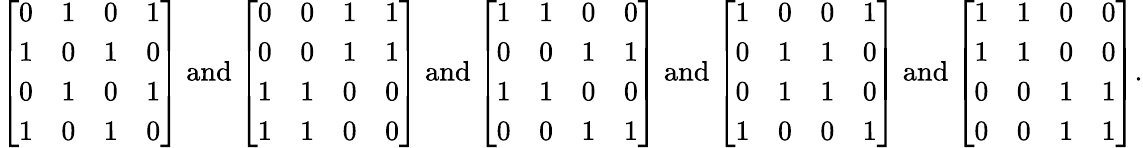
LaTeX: {\left[\begin{array}{llll}{0}&{1}&{0}&{1}\\ {1}&{0}&{1}&{0}\\ {0}&{1}&{0}&{1}\\ {1}&{0}&{1}&{0}\end{array}\right]}{\mathrm{~and~}}{\left[\begin{array}{llll}{0}&{0}&{1}&{1}\\ {0}&{0}&{1}&{1}\\ {1}&{1}&{0}&{0}\\ {1}&{1}&{0}&{0}\end{array}\right]}{\mathrm{~and~}}{\left[\begin{array}{llll}{1}&{1}&{0}&{0}\\ {0}&{0}&{1}&{1}\\ {1}&{1}&{0}&{0}\\ {0}&{0}&{1}&{1}\end{array}\right]}{\mathrm{~and~}}{\left[\begin{array}{llll}{1}&{0}&{0}&{1}\\ {0}&{1}&{1}&{0}\\ {0}&{1}&{1}&{0}\\ {1}&{0}&{0}&{1}\end{array}\right]}{\mathrm{~and~}}{\left[\begin{array}{llll}{1}&{1}&{0}&{0}\\ {1}&{1}&{0}&{0}\\ {0}&{0}&{1}&{1}\\ {0}&{0}&{1}&{1}\end{array}\right]}.